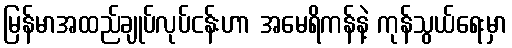
မြန်မာအထည်ချုပ်လုပ်ငန်းဟာ အမေရိကန်နဲ့ ကုန်သွယ်ရေးမှာ